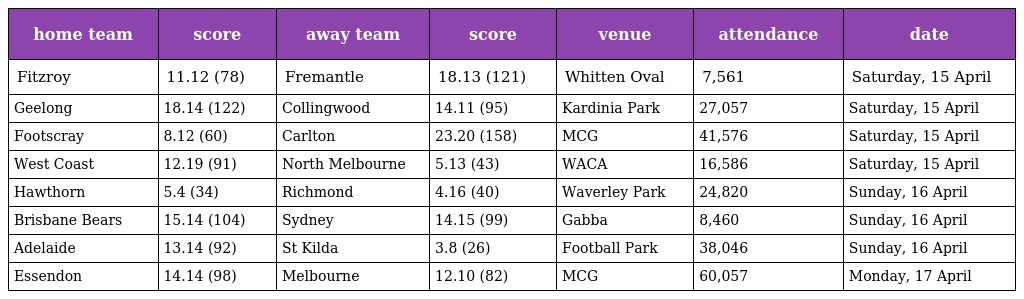
| home team | score | away team | score | venue | attendance | date |
 | --- | --- | --- | --- | --- | --- | --- |
 | Fitzroy | 11.12 (78) | Fremantle | 18.13 (121) | Whitten Oval | 7,561 | Saturday, 15 April |
 | Geelong | 18.14 (122) | Collingwood | 14.11 (95) | Kardinia Park | 27,057 | Saturday, 15 April |
 | Footscray | 8.12 (60) | Carlton | 23.20 (158) | MCG | 41,576 | Saturday, 15 April |
 | West Coast | 12.19 (91) | North Melbourne | 5.13 (43) | WACA | 16,586 | Saturday, 15 April |
 | Hawthorn | 5.4 (34) | Richmond | 4.16 (40) | Waverley Park | 24,820 | Sunday, 16 April |
 | Brisbane Bears | 15.14 (104) | Sydney | 14.15 (99) | Gabba | 8,460 | Sunday, 16 April |
 | Adelaide | 13.14 (92) | St Kilda | 3.8 (26) | Football Park | 38,046 | Sunday, 16 April |
 | Essendon | 14.14 (98) | Melbourne | 12.10 (82) | MCG | 60,057 | Monday, 17 April |